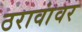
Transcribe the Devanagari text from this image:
ठरावांवर